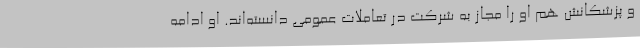
و پزشکانش هم او را مجاز به شرکت در تعاملات عمومی دانسته‌اند. او ادامه